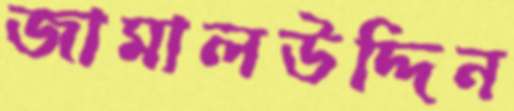
জামালউদ্দিন